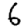
Digit: 6